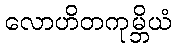
လောဟိတကုမ္ဘိယံ